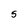
Character: 5